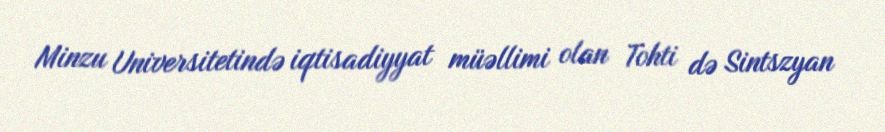
Minzu Universitetində iqtisadiyyat müəllimi olan Tohti də Sintszyan